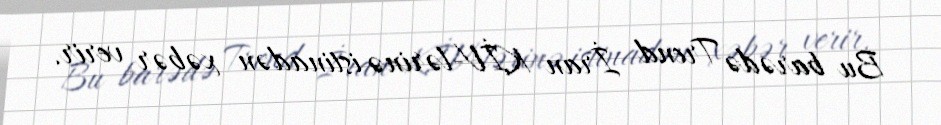
Bu barədə Trend İran KİV-lərinə istinadən xəbər verir.